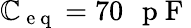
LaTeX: \mathbb{C}_{\mathrm{{~e~q~}}}=70\mathrm{{~\, ~p~F~}}